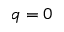
q = 0